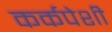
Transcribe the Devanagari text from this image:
कर्कपेशी